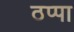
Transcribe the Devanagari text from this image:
ठप्‍पा